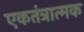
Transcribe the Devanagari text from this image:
एकतंत्रात्मक